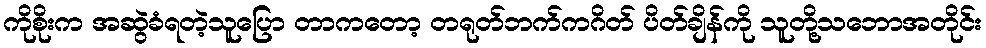
ကိုစိုးက အဆွဲခံရတဲ့သူပြော တာကတော့ တရုတ်ဘက်ကဂိတ် ပိတ်ချိန်ကို သူတို့သဘောအတိုင်း